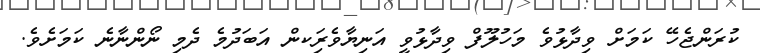
ކުރަންޖެހޭ ކަމަށް ވިދާޅުވެ މަހުލޫފް ވިދާޅުވީ އަނިޔާވެރިަކން އަބަދުމެ ދެމި ނޯންނާނެ ކަމަށެވެ.